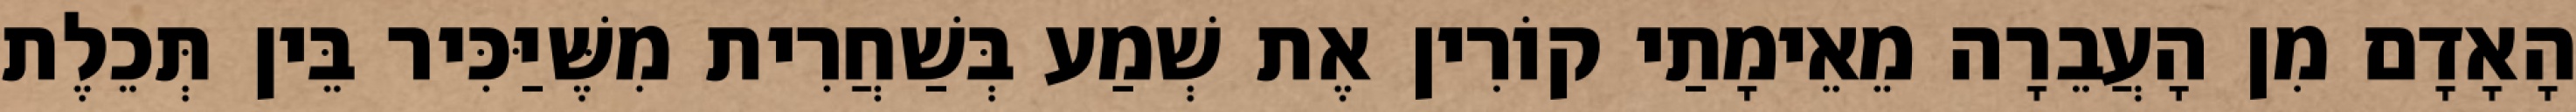
הָאָדָם מִן הָעֲבֵרָה מֵאֵימָתַי קוֹרִין אֶת שְׁמַע בְּשַׁחֲרִית מִשֶּׁיַּכִּיר בֵּין תְּכֵלֶת